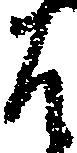
は